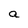
Character: a